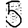
Digit: 5